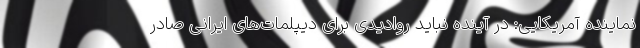
نماینده آمریکایی: در آینده نباید روادیدی برای دیپلمات‌های ایرانی صادر